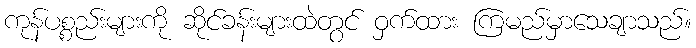
ကုန်ပစ္စည်းများကို ဆိုင်ခန်းများထဲတွင် ဝှက်ထား ကြမည်မှာသေချာသည်။